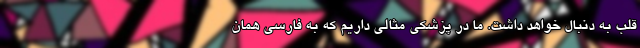
قلب به دنبال خواهد داشت. ما در پزشکی مثالی داریم که به فارسی همان